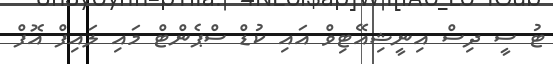
ޓު ސީ ދިސް އިނީޝިއޭޓިވް އައި ކުޑް ސްޕެންޓް މައި ލައިފް އޮފް